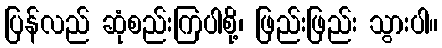
ပြန်လည် ဆုံစည်းကြပါစို့၊ ဖြည်းဖြည်း သွားပါ။